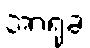
အာရုံခံ